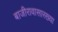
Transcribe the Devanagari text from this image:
बाजीरावासारख्या